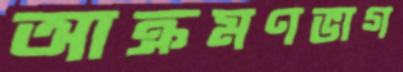
আক্রমণভাগ